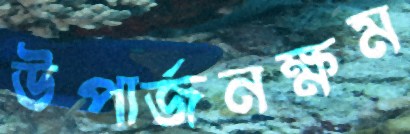
উপার্জনক্ষম